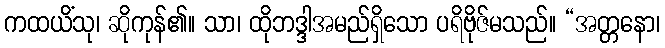
ကထယိံသု၊ ဆိုကုန်၏။ သာ၊ ထိုဘဒ္ဒါအမည်ရှိသော ပရိဗိုဇ်မသည်။ “အတ္တနော၊